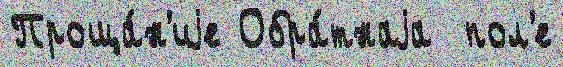
Проща́н'иjе Обра́тнаjа  пол'е